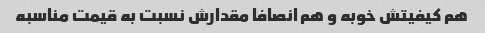
هم کیفیتش خوبه و هم انصافا مقدارش نسبت به قیمت مناسبه